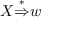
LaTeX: X { \stackrel { * } { \Rightarrow } } w